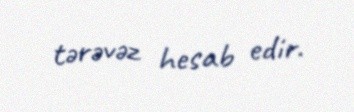
tərəvəz hesab edir.